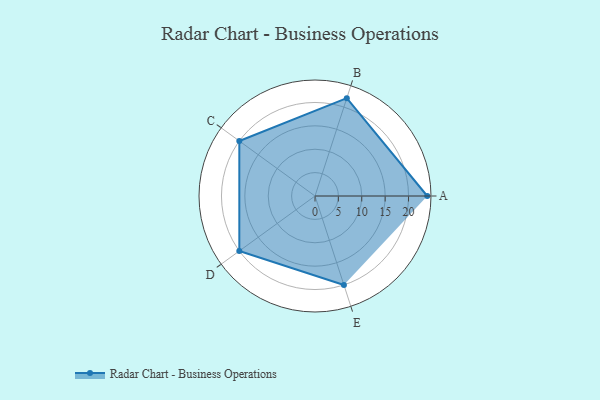
{"axis": {"x": "Skill", "y": "Score"}, "legend": ["Profile"], "data": [{"x": "A", "y": 24.0, "type": "Profile"}, {"x": "B", "y": 22.0, "type": "Profile"}, {"x": "C", "y": 20, "type": "Profile"}, {"x": "D", "y": 20, "type": "Profile"}, {"x": "E", "y": 20, "type": "Profile"}]}